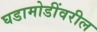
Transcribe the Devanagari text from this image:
घडामोडींवरील